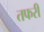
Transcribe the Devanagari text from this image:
तफरी